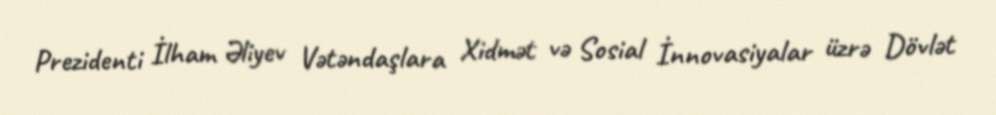
Prezidenti İlham Əliyev Vətəndaşlara Xidmət və Sosial İnnovasiyalar üzrə Dövlət